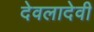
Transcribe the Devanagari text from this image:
देवलादेवी